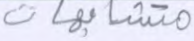
متشابهات